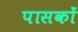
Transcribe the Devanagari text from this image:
पासकों